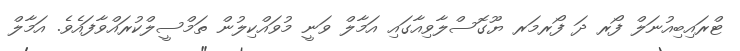
ޓްރައިބިއުނަލް ފޯރ ދަ ފޯރމަރ ޔޫގޮސްލާވިއާގައި އަމާލް ވަނީ މުވައްކިލުން ތަމްސީލްކުރައްވާފައެވެ. އަމާލް